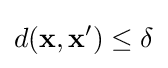
d({\bf {x}},{\bf {x}}')\leq \delta